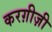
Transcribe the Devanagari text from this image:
करग़ीज़ी